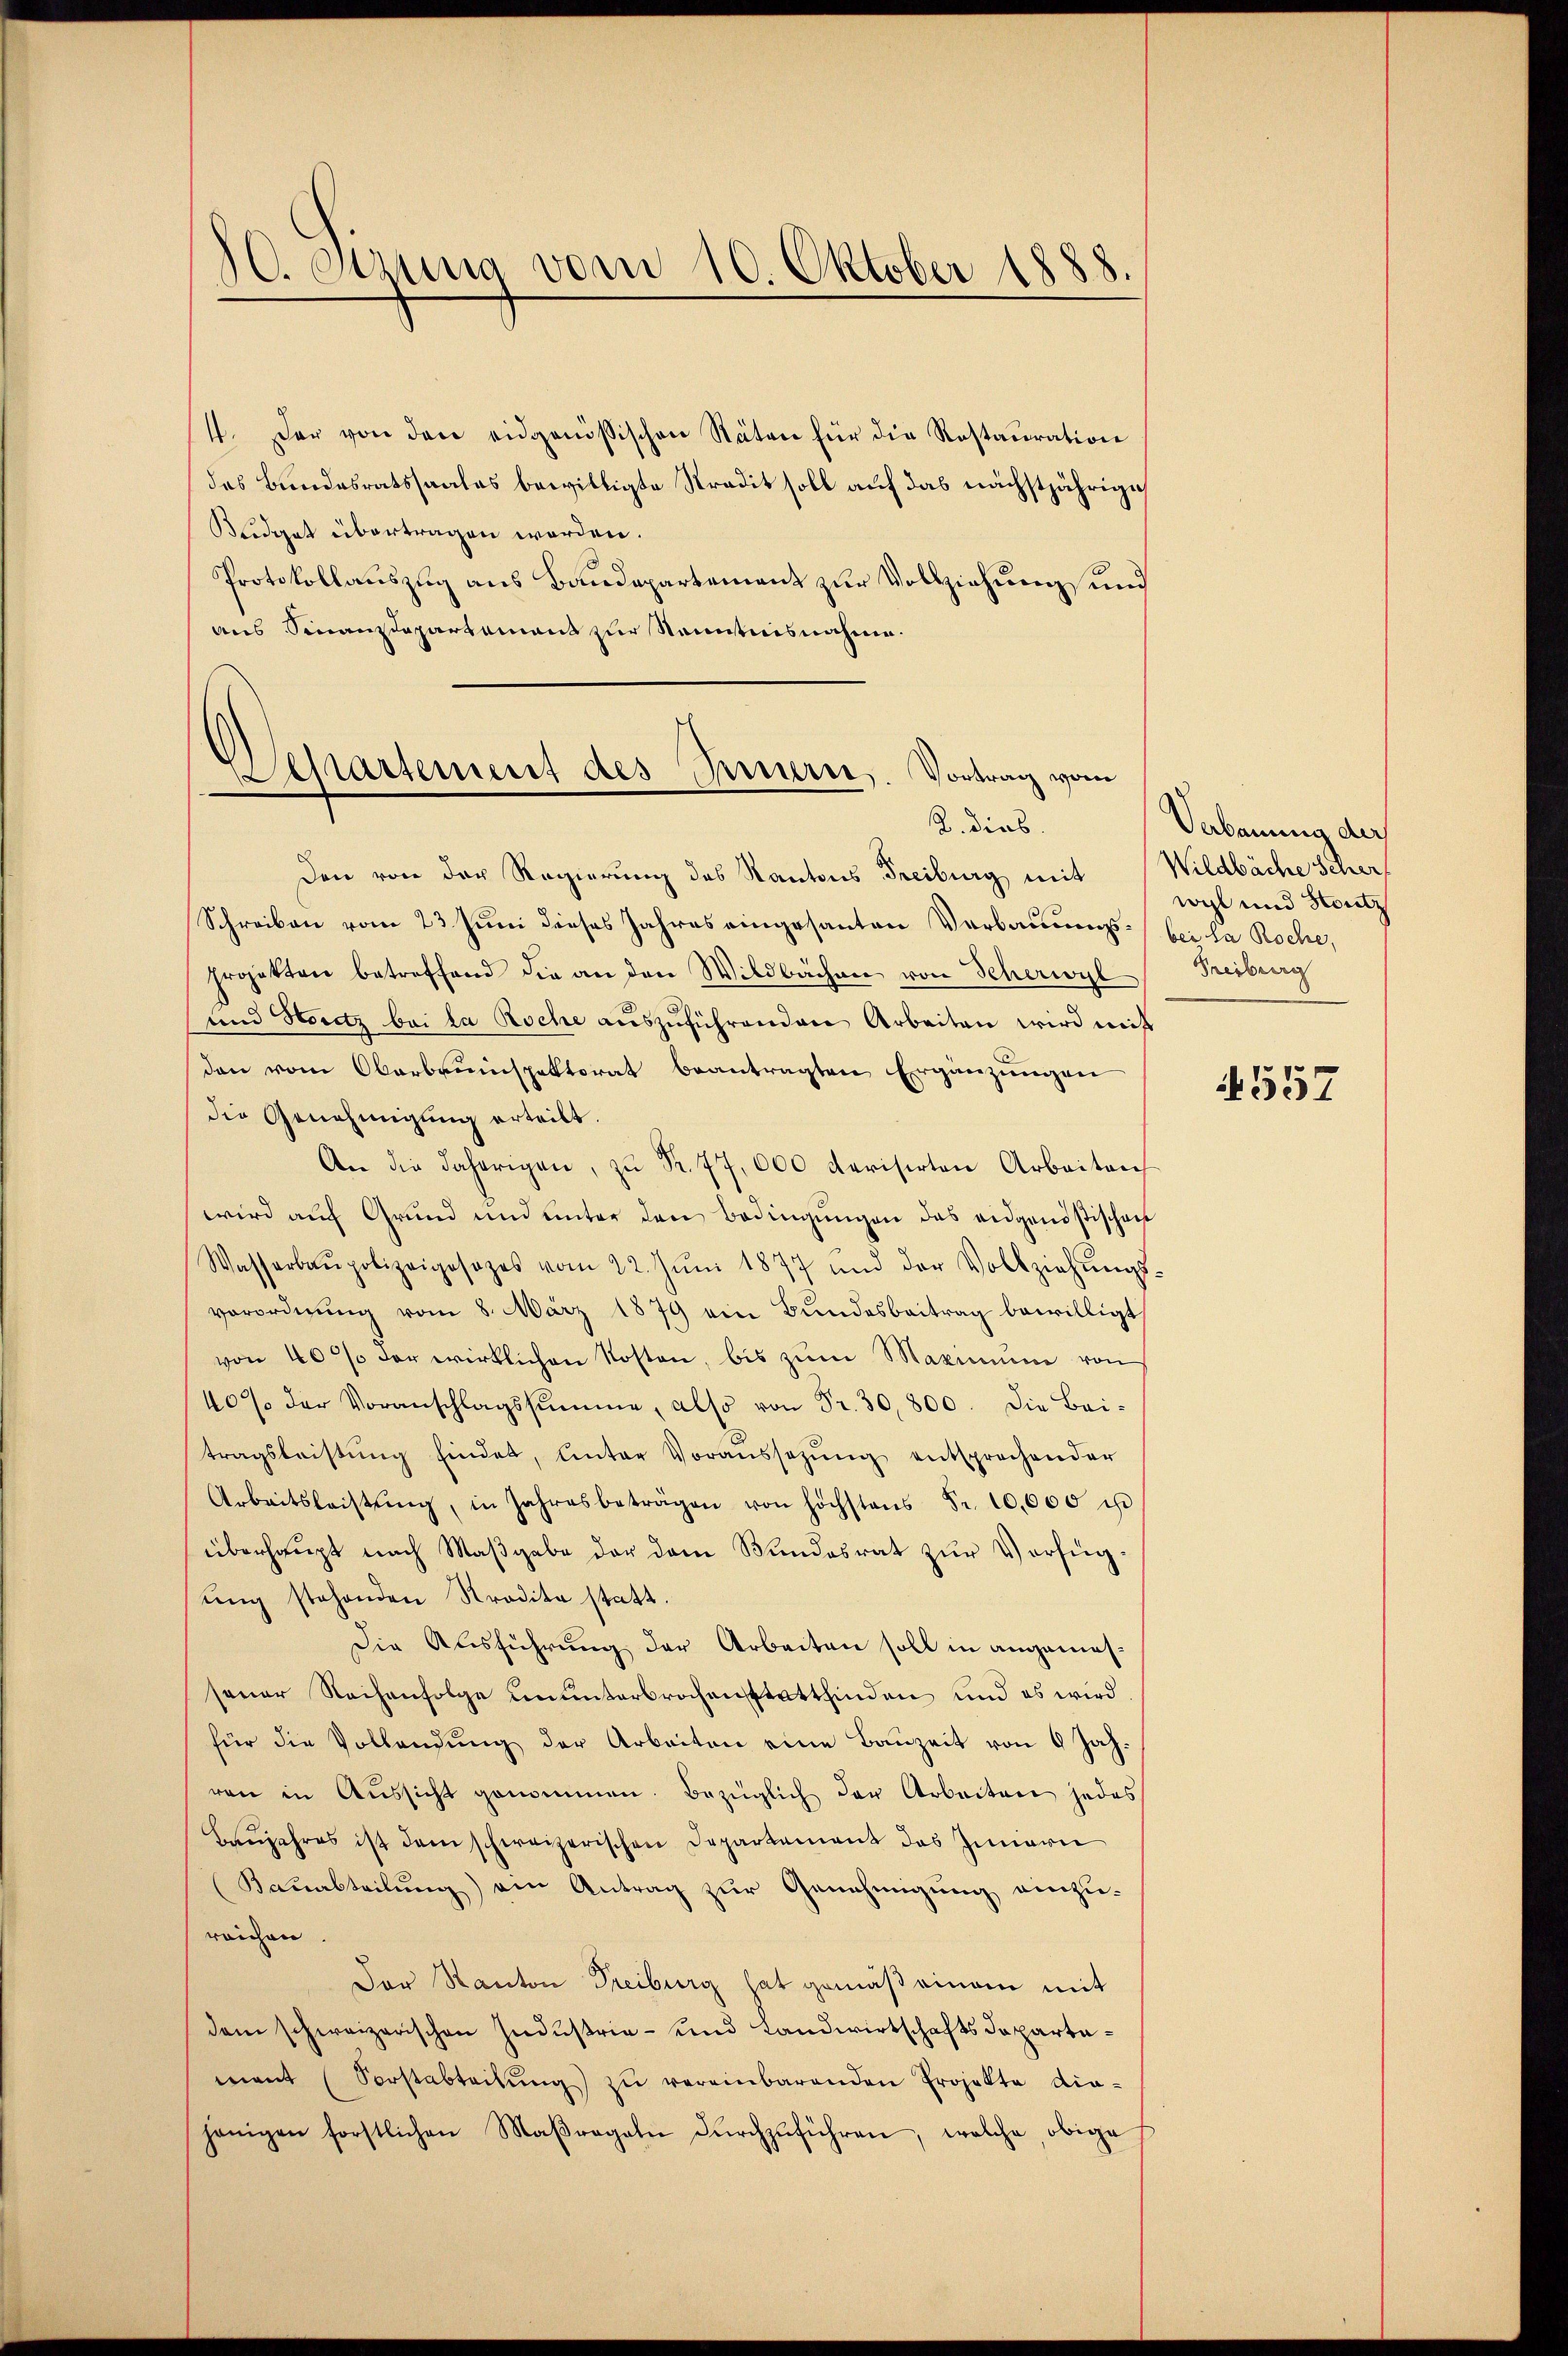
80. etzung vom 10. Oktober 1888.

4. Der von den eidgenössischen Stäten für die Restauration
deas Bundesratssaales bewilligte Stradit soll auf das nächstjährige
Budget übertragen worden.
Protokollauszug aus Baudepartement zur Vollziehung und
aus Sinanzdepartement zur Kenntnisnahme.

Separtement des Innern. Vortrag vom

2. Dieb.
Den von der Regierung des Kantons Freiburg mit (Wildbäche Scher
Schreiben vom 23. Juni dieses Jahres eingesanten Verbauungs- bei la Roche,
projekten betreffend die an den Wildbachen von Scherwyl
und Horitz bei la Roche aŭszŭführenden Arbeiten wird mit
den vom Oberbruinspektorat beantragten Ergänzungen
die Genehmigung erteilt.
An die daherigen, zu Fr. 77,000 Revisirten Arbeiten
wird auf Grund und unter den Bedingŭngen das eidgensstischen
Wasserbaupolizeigesezes vom 22. Jŭni 1877 und der Vollziehŭngs-
verordnung vom 8. März 1879 ein Bundesbeitrag bewilligt
von 40% der wirklichen Kosten, bis zum Maximum von
40% der Voranschlagssumme, also von Fr. 30,800. Die Bei-
tragsleistŭng findet, Unter Voraussetzŭng entsprechender
Arbeitsleistŭng, in Jahresbeträgen von höchstens Fr. 10,000 u
überhaupt nach Maßgabe der dem Bundesrat zur Verfügung stehenden Stradita statt.
Die Ausführung der Arbeiten soll in angemessener Reihenfolge ununterbrochenstattfinden und es wird
für die Vollendung der Arbeiten eine Bauzeit von 6 Jahren in Aŭssicht genommen. Bezüglich der Arbeiten jedes
Baŭjahres ist dem schweizerischen Departement das Innern
Bauabteilŭng am Antrag zur Genehmigung einzureichen
Der Kanton Freiburg hat gemäß einem mit
dem schweizerischen Industrie- und Landwirtschaftsdepartamant (Vorstabteilŭng zŭ vereinbarenden Projekte dia-
jenigen forstlichen Maßregeln dŭrchzŭführen, welche obige

Verbauung der
wyl und Stutz
Freiburg

557